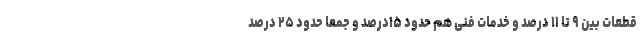
قطعات بین ۹ تا ۱۱ درصد و خدمات فنی هم حدود ۱۵درصد و جمعا حدود ۲۵ درصد